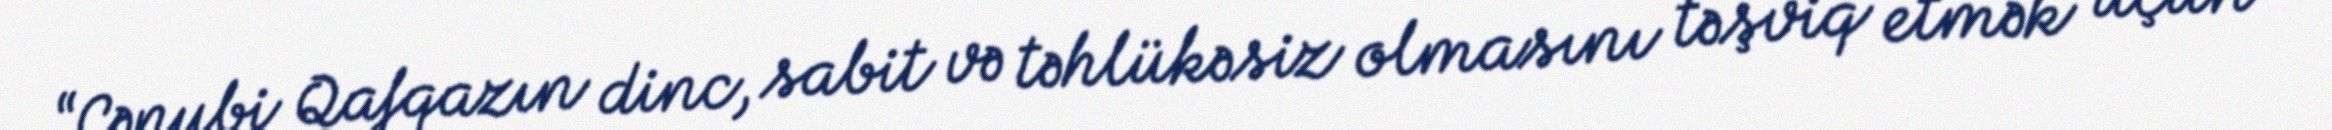
“Cənubi Qafqazın dinc, sabit və təhlükəsiz olmasını təşviq etmək üçün